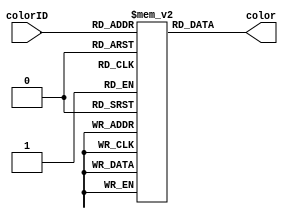
`timescale 1ns / 1ps
//////////////////////////////////////////////////////////////////////////////////
// Company: 
// Engineer: 
// 
// Design Name: 
// Module Name: colorLUT
// Project Name: 
// Target Devices: 
// Tool Versions: 
// Description: 
// 
// Dependencies: 
// 
// Revision:
// Revision 0.01 - File Created
// Additional Comments:
// 
//////////////////////////////////////////////////////////////////////////////////


module colorLUT(
    input [4:0] colorID,
    output [11:0] color
    );

    reg [11:0] COLOR_MAP [0:31];
    initial begin
        COLOR_MAP[0] = 12'h000; // black
        COLOR_MAP[1] = 12'hf00; // player dot - red
        COLOR_MAP[2] = 12'hfe7; // enemy dot - light yellow
        COLOR_MAP[3] = 12'hddd; // border - grey
        COLOR_MAP[4] = 12'h0f2; // player HP - filled, green
        COLOR_MAP[5] = 12'h050; // player HP - empty, dark-green
        COLOR_MAP[6] = 12'hf50; // player HP - filled, orange
        COLOR_MAP[7] = 12'h510; // player HP - empty, dark-brown
        COLOR_MAP[8] = 12'h0f0; // attack ind, green
        COLOR_MAP[9] = 12'hfc0; // attack ind, yellow
        COLOR_MAP[10] = 12'hf31; // attack ind, red
        COLOR_MAP[11] = 12'h500; // attack ind, dark-red
        COLOR_MAP[12] = 12'h04f; // player - blue

        COLOR_MAP[31] = 12'h222; // bg
     end    

    assign color = COLOR_MAP[colorID];
endmodule